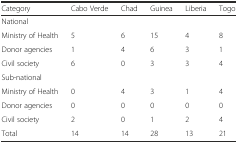
<table><thead><tr><td><b>Category</b></td><td><b>Cabo Verde</b></td><td><b>Chad</b></td><td><b>Guinea</b></td><td><b>Liberia</b></td><td><b>Togo</b></td></tr></thead><tbody><tr><td colspan="6">National</td></tr><tr><td>Ministry of Health</td><td>5</td><td>6</td><td>15</td><td>4</td><td>8</td></tr><tr><td>Donor agencies</td><td>1</td><td>4</td><td>6</td><td>3</td><td>1</td></tr><tr><td>Civil society</td><td>6</td><td>0</td><td>3</td><td>3</td><td>4</td></tr><tr><td colspan="6">Sub-national</td></tr><tr><td>Ministry of Health</td><td>0</td><td>4</td><td>3</td><td>1</td><td>4</td></tr><tr><td>Donor agencies</td><td>0</td><td>0</td><td>0</td><td>0</td><td>0</td></tr><tr><td>Civil society</td><td>2</td><td>0</td><td>1</td><td>2</td><td>4</td></tr><tr><td>Total</td><td>14</td><td>14</td><td>28</td><td>13</td><td>21</td></tr></tbody></table>